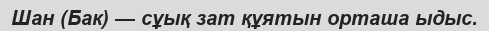
Шан (Бак) — сұық зат құятын орташа ыдыс.